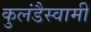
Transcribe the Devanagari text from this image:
कुलंडैस्वामी